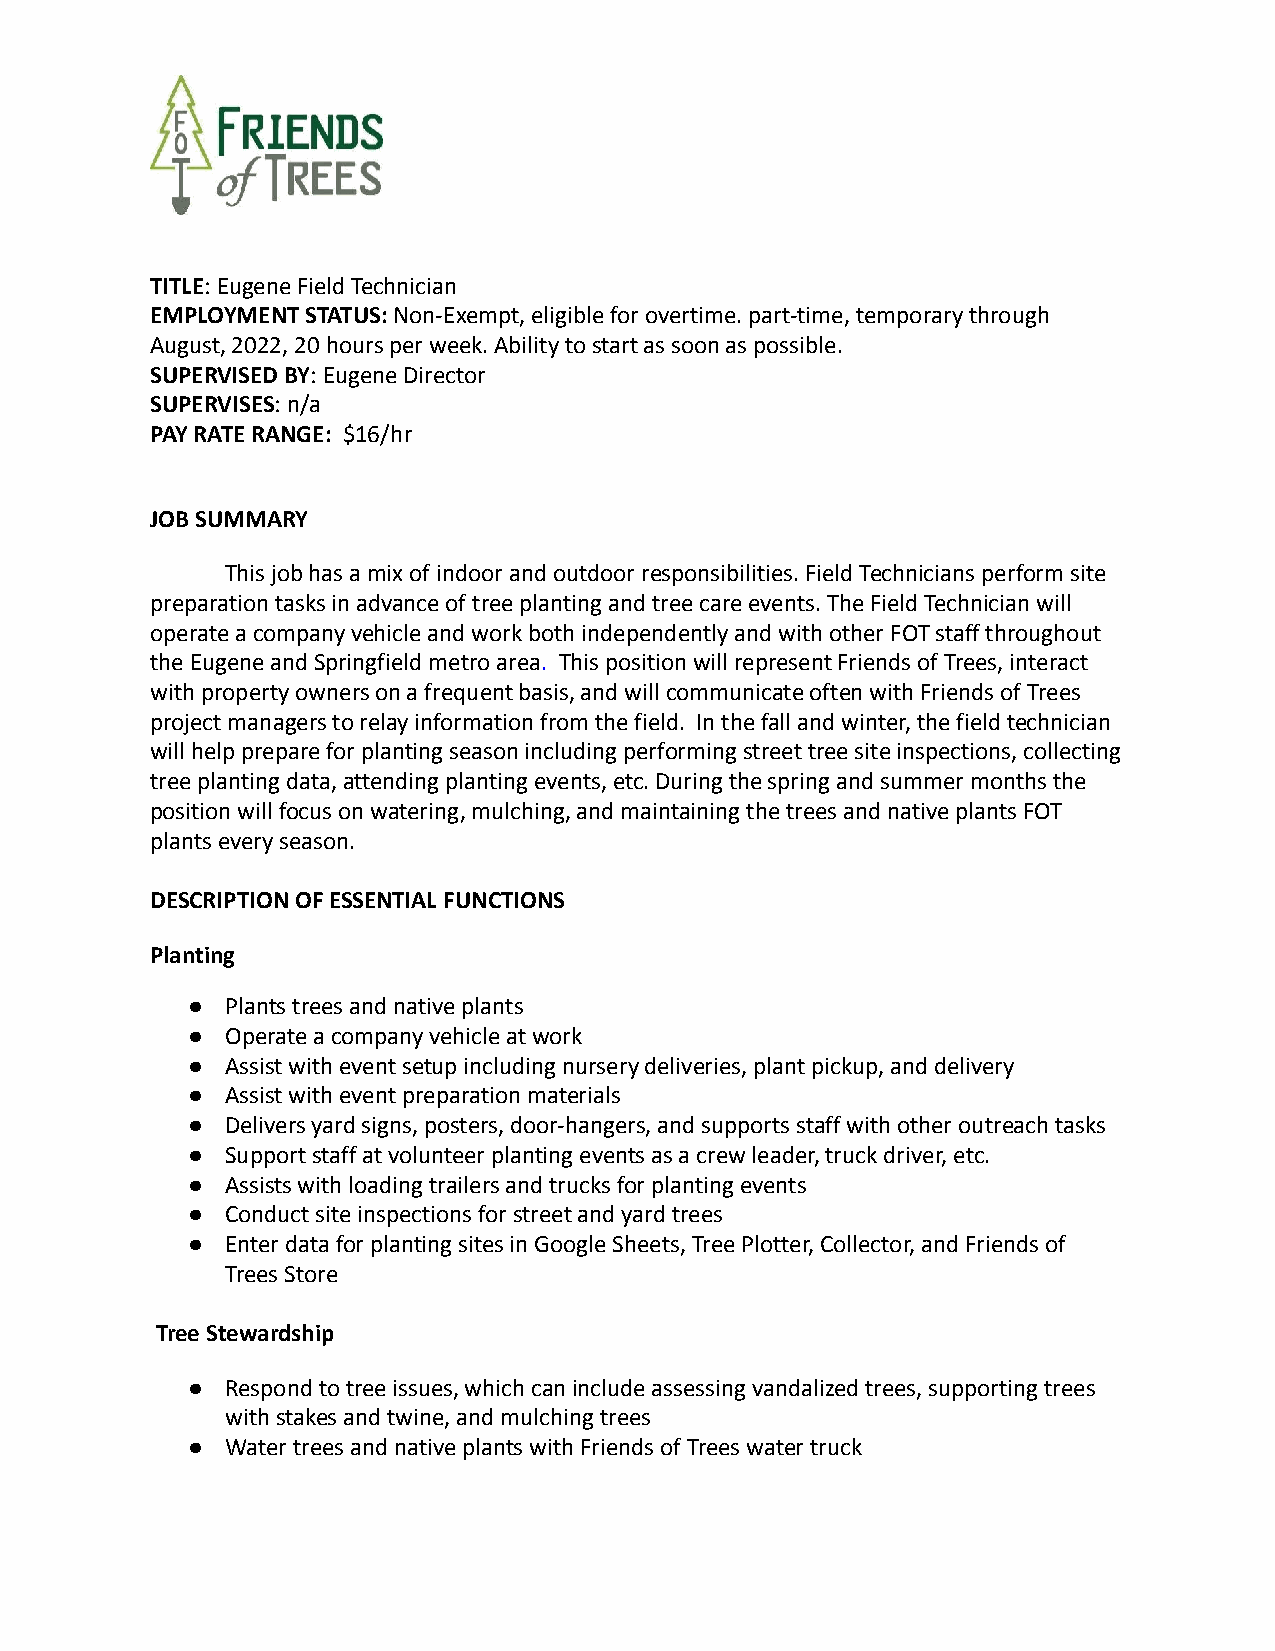
TITLE: Eugene Field Technician
 EMPLOYMENT STATUS:Non-Exempt, eligible for overtime.part-time, temporary through
 August, 2022, 20 hours per week. Ability to start as soon as possible.
 SUPERVISED BY: Eugene Director
 SUPERVISES: n/a
 PAY RATE RANGE: $16/hr
 JOB SUMMARY
 This job has a mix of indoor and outdoor responsibilities. Field Technicians perform site
 preparation tasks in advance of tree planting and tree care events. The Field Technician will
 operate a company vehicle and work both independently and with other FOT staff throughout
 the Eugene and Springfield metro area. This positionwill represent Friends of Trees, interact
 with property owners on a frequent basis, and will communicate often with Friends of Trees
 project managers to relay information from the field. In the fall and winter, the field technician
 will help prepare for planting season including performing street tree site inspections, collecting
 tree planting data, attending planting events, etc. During the spring and summer months the
 position will focus on watering, mulching, and maintaining the trees and native plants FOT
 plants every season.
 DESCRIPTION OF ESSENTIAL FUNCTIONS
 Planting
 ●  Plants trees and native plants
 ●  Operate a company vehicle at work
 ●  Assist with event setup including nursery deliveries, plant pickup, and delivery
 ●  Assist with event preparation materials
 ●  Delivers yard signs, posters, door-hangers, and supports staff with other outreach tasks
 ●  Support staff at volunteer planting events as a crew leader, truck driver, etc.
 ●  Assists with loading trailers and trucks for planting events
 ●  Conduct site inspections for street and yard trees
 ●  Enter data for planting sites in Google Sheets, Tree Plotter, Collector, and Friends of
 Trees Store
 Tree Stewardship
 ●  Respond to tree issues, which can include assessing vandalized trees, supporting trees
 with stakes and twine, and mulching trees
 ●  Water trees and native plants with Friends of Trees water truck